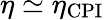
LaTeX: \eta\simeq\eta_{\mathrm{CPI}}